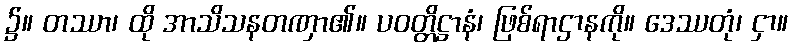
၌။ တဿာ၊ ထို အာသိသနတဏှာ၏။ ပဝတ္တိဋ္ဌာနံ၊ ဖြစ်ရာဌာနကို။ ဒေဿတုံ၊ ငှာ။